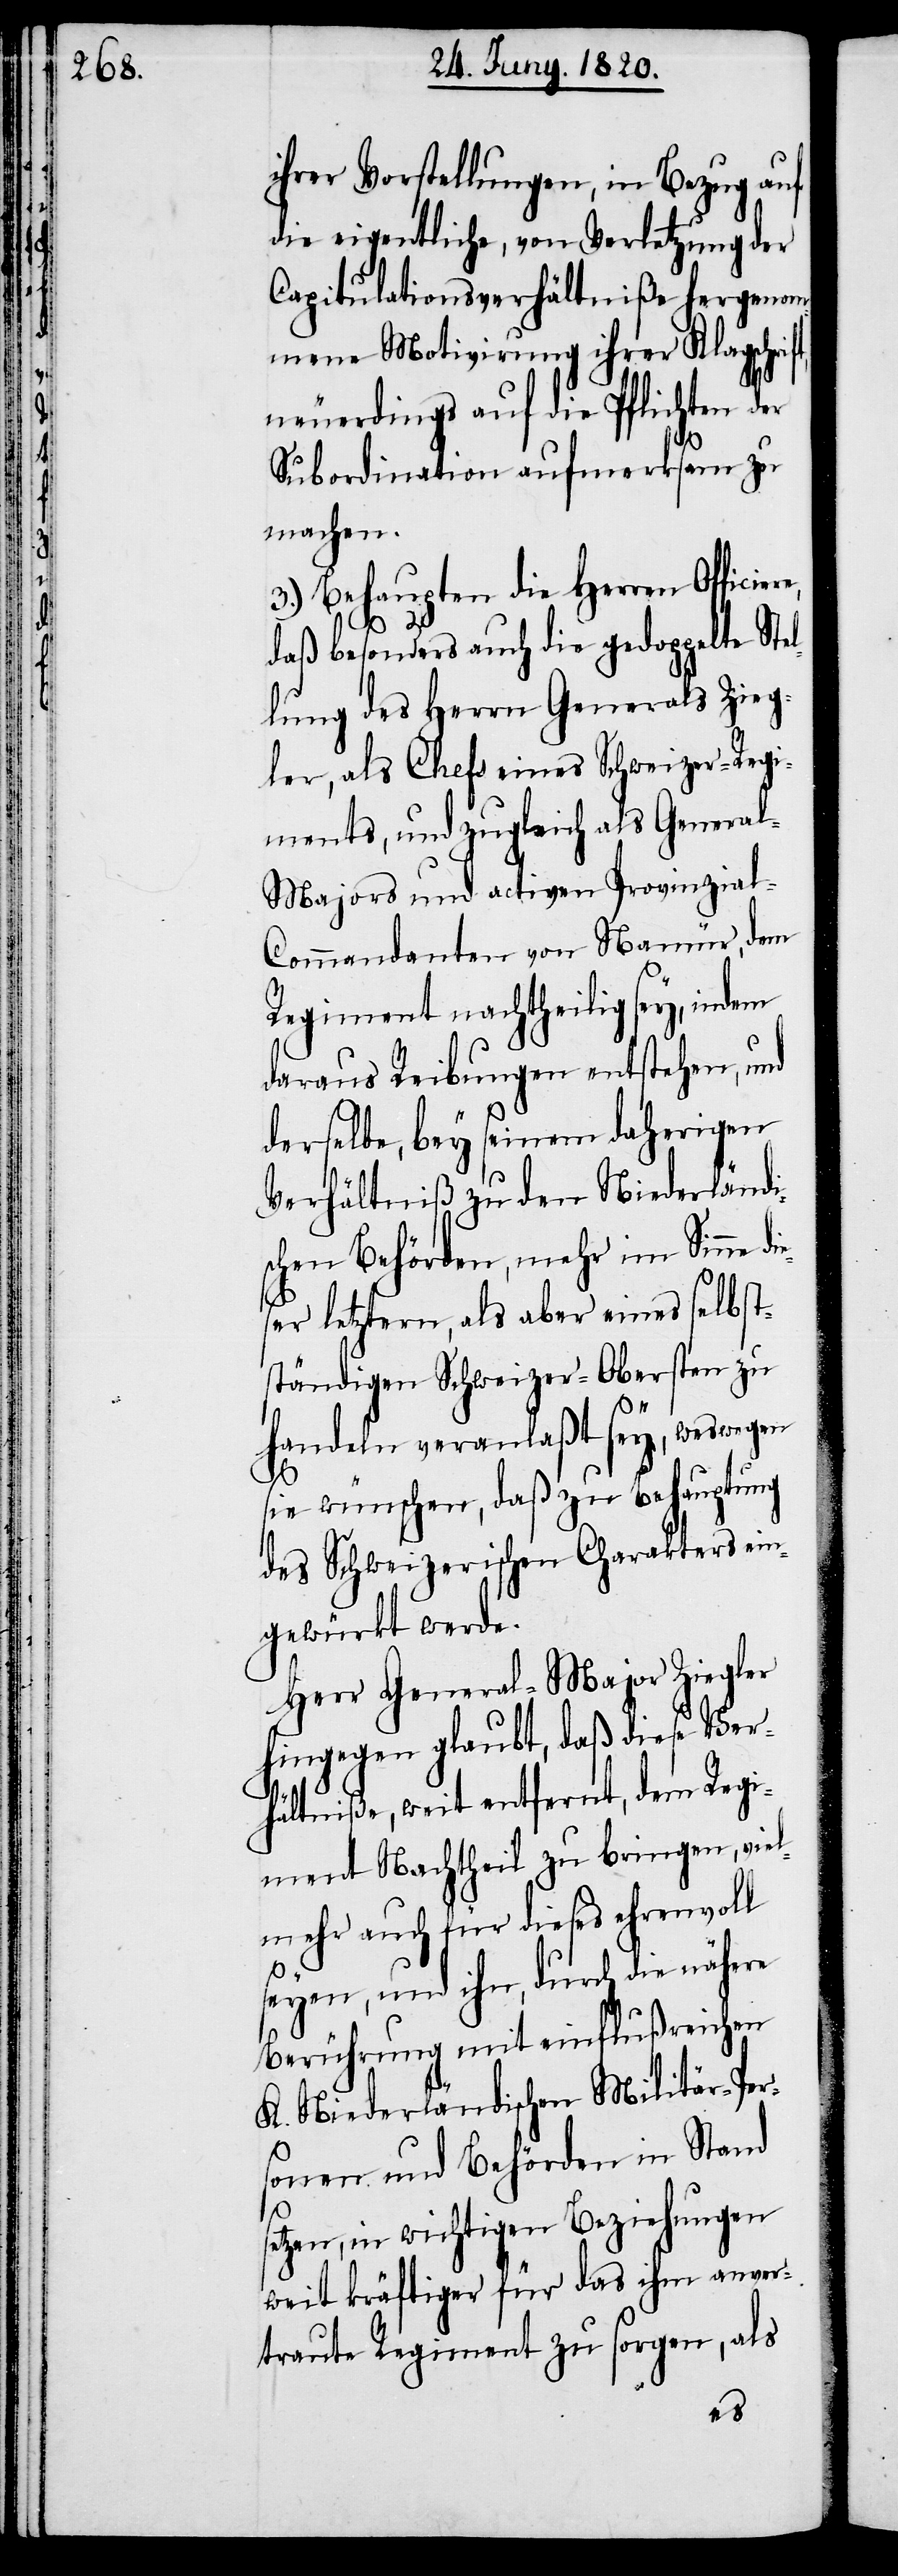
ihrer Vorstellungen, in Bezug auf
die eigentliche, von Verletzung der
Capitulationsverhältniße hergenom¬
mene Motivierung ihrer Klagschri¬
neuerdings auf die Plichten der
ft,
Subordination aufmerksam zu
machen.
3.) Behaupten die Herren Officier¬
daß besonders auch die gedoppelte Stel¬
lung des Herrn Generals Zieg¬
ler, als Chefs eines Schweizer-Regi¬
ments, und zugleich als Genera¬
l-Majors und activen Provinzia¬
l-Commandanten von Namür, dem
Regiment nachtheilig sey, indem
daraus Reibungen entstehen, und
derselbe, bey seinem daherigen
Verhältniß zu den Niederländi¬
schen Behörden mehr im Sinne d¬
er letztern, als aber eines selbst¬
ständigen Schweizer-Obersten zu
handeln veranlaßte sey, weswegen
sie wünschen, daß zur Behauptung
des schweizerischen Charakters ein¬
gewürkt werde.
Herr General-Major Ziegler
hingegen glaubt, daß diese Ver¬
hältniße, weit entfernt, dem Regi¬
ment Nachtheil zu bringen, viel¬
mehr auch für dieses ehrenvoll
seyen, und ihn, durch die nähere
Berührung mit einflußreichen
K. Niederländischen Militär-Per¬
sonen und Behörden in Stand
etzen, in wichtigen Beziehungen
weit kräftiger für das ihm anver¬
traute Regimente zu sorgen, als
s¬